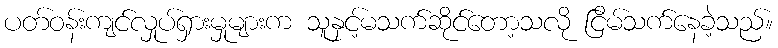
ပတ်ဝန်းကျင်လှုပ်ရှားမှုများက သူနှင့်မသက်ဆိုင်တော့သလို ငြိမ်သက်နေခဲ့သည်။